Report of the Indian Hemp Drugs Commission, 1894-1895 - Volume VI
Year: 1894
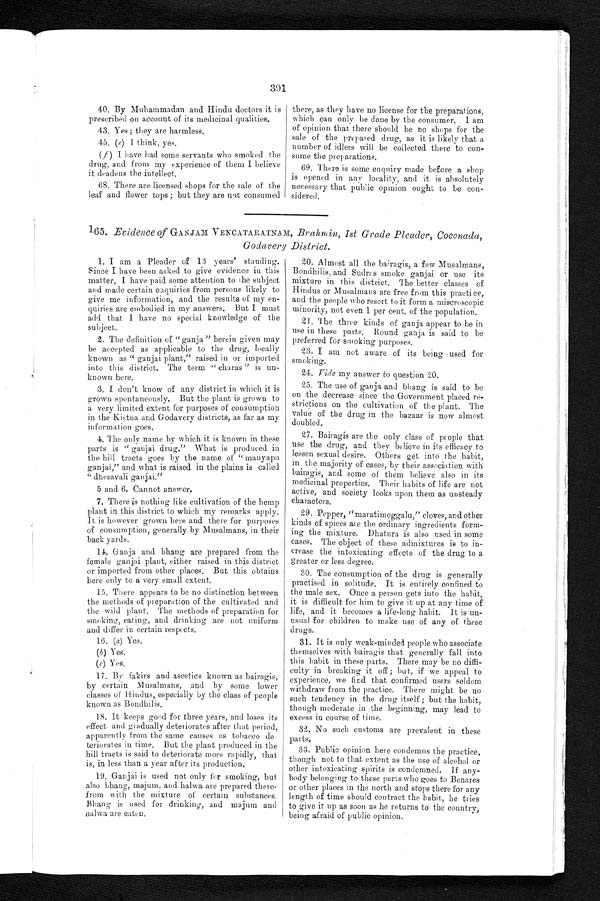
391
40. By Muhammadan and Hindu doctors it is
prescribed on account of its medicinal qualities.
43. Yes; they are harmless
45. (e) I think, yes.
(f ) I have had some servants who smoked the
drug, and from my experience of them I believe
it deadens the intellect.
68. There are licensed shops for the sale of the
leaf and flower tops; but they are not consumed
there, as they have no license for the preparations,
which can only be done by the consumer. I am
of opinion that there should be no shops for the
sale of the prepared drug, as it is likely that a
number of idlers will be collected there to con-
sume the preparations.
69. There is some enquiry made before a shop
is opened in any locality, and it is absolutely
necessary that public opinion ought to be con-
sidered.
165. Evidence of GANJAM VENCATARATNAM, Brahmin, 1st Grade Pleader, Coconada,
Godavery District.
1. I am a Pleader of 13 years' standing.
Since I have been asked to give evidence in this
matter, I have paid some attention to the subject
and made certain enquiries from persons likely to
give me information, and the results of my en-
quiries are embodied in my answers. But I must
add that I have no special knowledge of the
subject.
2. The definition "ganja" herein given may
be accepted as applicable to the drug, locally
known as " ganjai plant," raised in or imported
into this district. The term " charas " is un-
known here.
3. I don't know of any district in which it is
grown spontaneously. But the plant is grown to
a very limited extent for purposes of consumption
in the Kistna and Godavery districts, as far as my
information goes.
4. The only name by which it is known in these
parts is " ganjai drug." What is produced in
the hill tracts goes by the name of " manyapu
ganjai," and what is raised in the plains is called
" dhesavali ganjai."
5 and 6. Cannot answer.
7. There is nothing like cultivation of the hemp
plant in this district to which my remarks apply.
It is however grown here and there for purposes
of consumption, generally by Musalmans, in their
back yards.
14. Ganja and bhang are prepared from the
female ganjai plant, either raised in this district
or imported from other places. But this obtains
here only to a very small extent.
15. There appears to be no distinction between
the methods of preparation of the cultivated and
the wild plant. The methods of preparation for
smoking, eating, and drinking are not uniform
and differ in certain respects.
16. (a) Yes.
(b) Yes.
(c) Yes.
17. By fakirs and ascetics known as bairagis,
by certain Musalmans, and by some lower
classes of Hindus, especially by the class of people
known as Bondhilis.
18. It keeps good for three years, and loses its
effect and gradually deteriorates after that period,
apparently from the same causes as tobacco de-
teriorates in time. But the plant produced in the
hill tracts is said to deteriorate more rapidly, that
is, in less than a year after its production.
19.
Ganjai is used not only for smoking, b
ut also bhang, majum, and halwa are prepared there-
from with the mixture of certain substances.
B h a n g i s u s e d f o r d r i n k i n g , a n d m a j u m a n d
h a l w a a r e e a t e n .
20. Almost all the bairagis, a few Musalmans,
Bondhilis, and Sudras smoke ganjai or use its
mixture in this district. The better classes of
Hindus or Musalmans are free from this practice,
and the people who resort to it form a miscroscopic
minority, not even 1 per cent, of the population.
21. The three kinds of ganja appear to be in
use in these parts. Round ganja is said to be
preferred for smoking purposes.
23. I am not aware of its being used for
smoking.
24.
Vide my answer to question 20.
25. The use of ganja and bhang is said to be
on the decrease since the Government placed re-
strictions on the cultivation of the plant. The
value of the drug in the bazaar is now almost
doubled.
27. Bairagis are the only class of people that
use the drug, and they believe in its efficacy to
lessen sexual desire. Others get into the habit,
in the majority of cases, by their association with
bairagis, and some of them believe also in its
medicinal properties. Their habits of life are not
active, and society looks upon them as unsteady
characters.
29. Pepper, "maratimoggalu," cloves, and other
kinds of spices are the ordinary ingredients form-
ing the mixture. Dhatura is also used in some
cases. The object of these admixtures is to in-
crease the intoxicating effects of the drug to a
greater or less degree.
30. The consumption of the drug is generally
practised in solitude. It is entirely confined to
the male sex. Once a person gets into the habit,
it is difficult for him to give it up at any time of
life, and it becomes a life-long habit. It is un-
usual for children to make use of any of these
drugs.
31. It is only weak-minded people who associate
themselves with bairagis that generally fall into
this habit in these parts. There may be no diffi-
culty in breaking it off ; but, if we appeal to
experience, we find that confirmed users seldom
withdraw from the practice. There might be no
such tendency in the drug itself ; but the habit,
though moderate in the beginning, may lead to
excess in course of time.
32. No such customs are prevalent in these
parts.
33. Public opinion here condemns the practice,
though not to that extent as the use of alcohol or
other intoxicating spirits is condemned. If any-
body belonging to these parts who goes to Benares
or other places in the north and stops there for any
length of time should contract the habit, he tries
to give it up as soon as he returns to the country,
being afraid of public opinion.